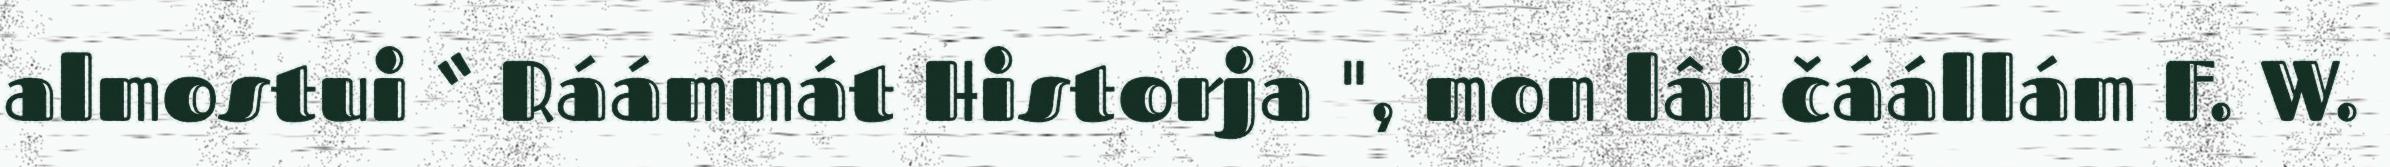
almostui “ Ráámmát Historja ", mon lâi čáállám F. W.